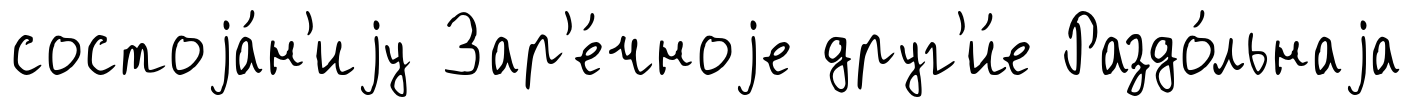
состоjа́н'иjу Зар'е́чноjе друг'и́е Раздо́льнаjа